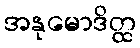
အနုမောဒိတ္ထ